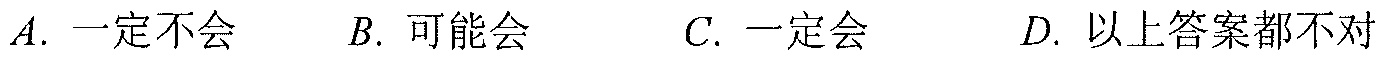
$A.$ 一定不会 $\ \ \ \ B.$ 可能会 $\ \ \ \ C.$ 一定会 $\ \ \ \ D.$ 以上答案都不对